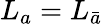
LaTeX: L_{a}=L_{\bar{a}}